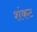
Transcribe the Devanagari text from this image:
शंकट